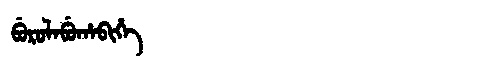
Manchu: ᠪᡠᡵᡠᠯᠠᠪᡠᡥᠠᠪᡳᡥᡝ
Romanization: BURULABUHABIHE